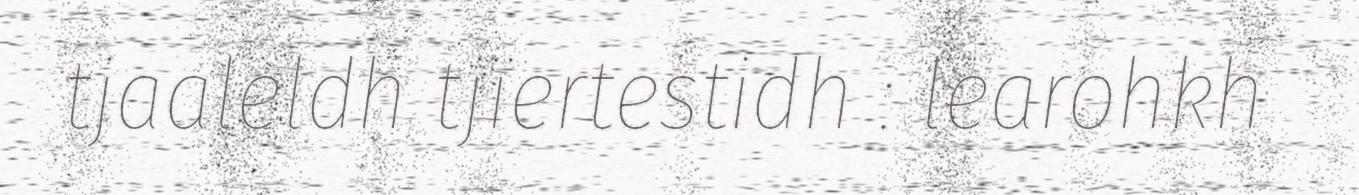
tjaaleldh tjïertestidh : learohkh